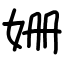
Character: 姗